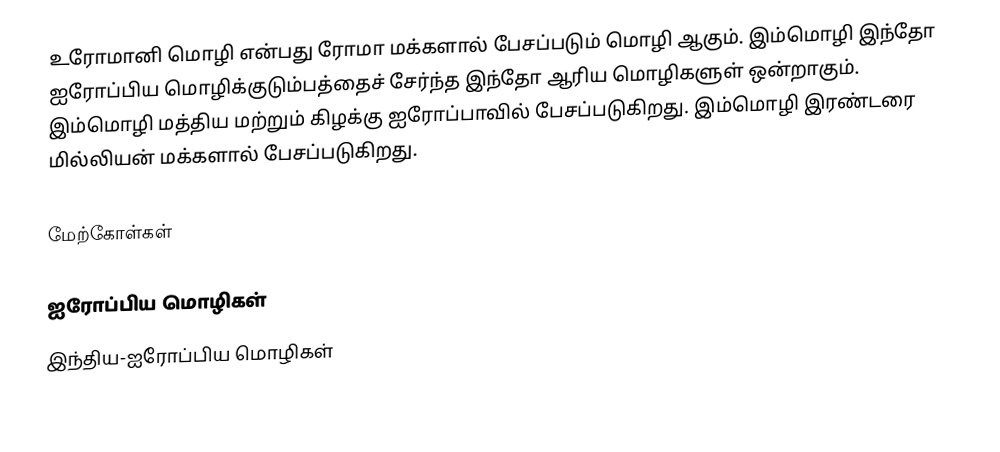
உரோமானி மொழி என்பது  ரோமா மக்களால் பேசப்படும் மொழி ஆகும். இம்மொழி இந்தோ ஐரோப்பிய மொழிக்குடும்பத்தைச் சேர்ந்த இந்தோ ஆரிய மொழிகளுள் ஒன்றாகும்.  இம்மொழி மத்திய மற்றும் கிழக்கு ஐரோப்பாவில் பேசப்படுகிறது. இம்மொழி இரண்டரை மில்லியன் மக்களால் பேசப்படுகிறது.

மேற்கோள்கள்

ஐரோப்பிய மொழிகள்
இந்திய-ஐரோப்பிய மொழிகள்